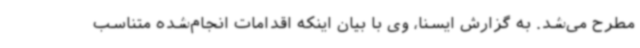
مطرح می‌شد. به گزارش ایسنا، وی با بیان اینکه اقدامات انجام‌شده متناسب